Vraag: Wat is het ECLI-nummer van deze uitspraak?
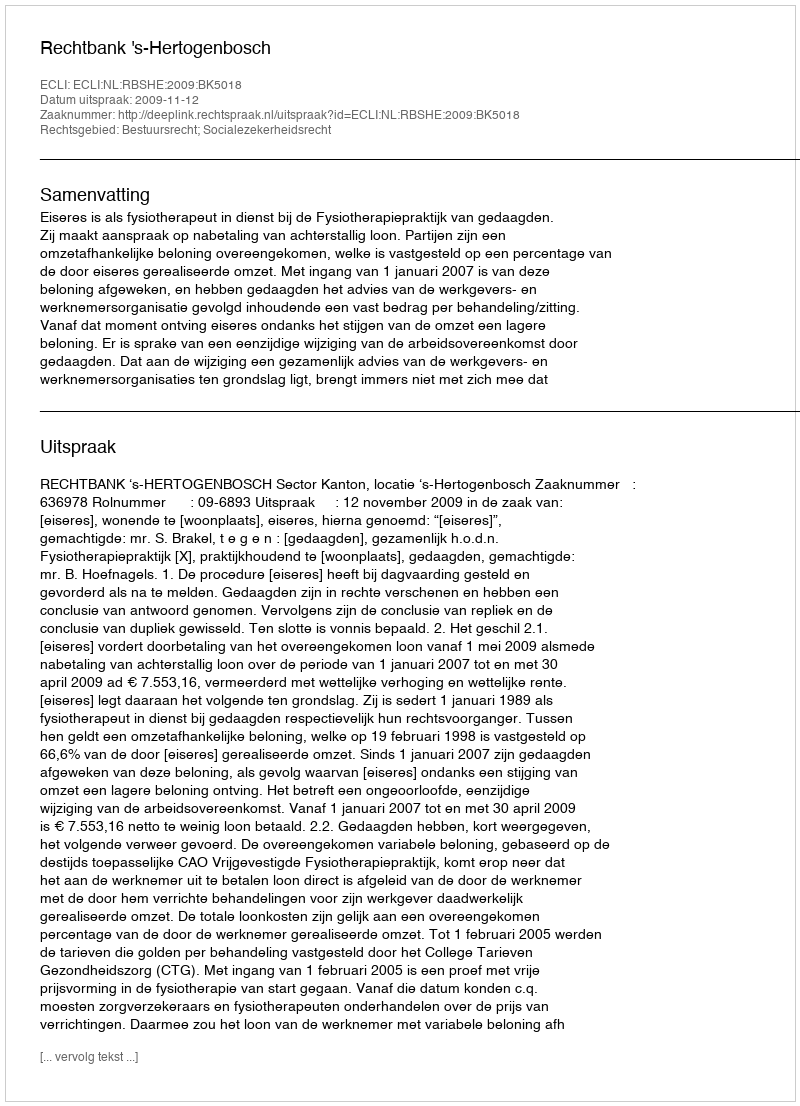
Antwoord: ECLI:NL:RBSHE:2009:BK5018